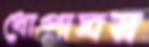
ধোপাঘর